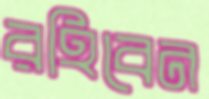
রহিবেন